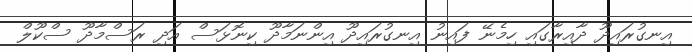
އިނގުރައިދޫ ދާއިރާގައި ހިމެނޭ ފައިނު އިނގުރައިދޫ އިންނަމާދޫ ކިނޮޅަސް އަދި ރަސްމާދޫ ސްކޫލް